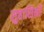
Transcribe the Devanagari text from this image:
सुहासिनीं